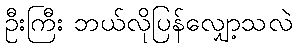
ဦးကြီး ဘယ်လိုပြန်လျှော့သလဲ